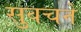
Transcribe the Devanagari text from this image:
सुवचने